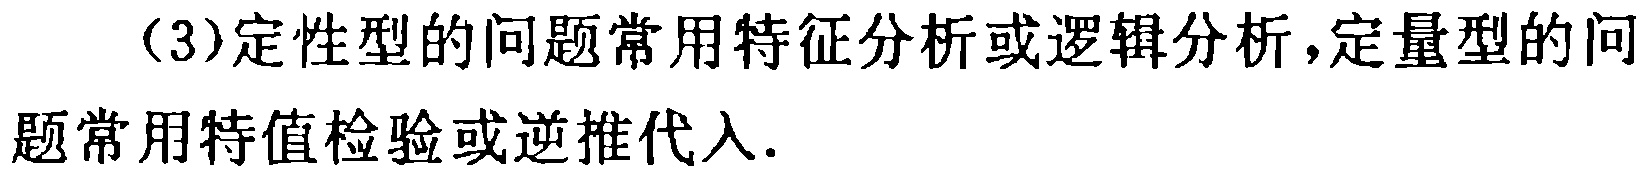
（3）定性型的问题常用特征分析或逻辑分析，定量型的问题常用特值检验或逆推代入.